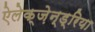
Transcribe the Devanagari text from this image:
ऐलेक्ज़ेन्ड्रिया